system: You are a helpful assistant.
user:
Analyze the provided spectrum to determine if it is a **Carbon Star (C-type)**.

- **Key Visual Indicators of Carbon Star:**
    - **(Primary):** Strong molecular absorption from **C₂ (diatomic carbon) "Swan Bands."** This is the **defining feature** of a carbon star.
        - **(Key Bandheads):** Sharp absorption edges are visible at approximately $5635$ Å, $5165$ Å (the strongest band), and $4737$ Å.
        - **(Line Profile):** Creates a distinct **"saw-tooth"** pattern. The key morphology is a sharp, steep bandhead on the **red (long-wavelength) side**, which then gradually tapers off (i.e., flux recovers) towards the **blue (short-wavelength) side**. *(This is the direct opposite of the TiO bands seen in M-type stars)*.

    - **(Secondary):** Intense **CN (cyanogen)** molecular absorption bands.
        - **(Key Bandheads):** Located in the blue and violet regions of the spectrum (e.g., near $4215$ Å and $3883$ Å).
        - **(Morphology):** These bands are extremely broad and act as a "blanket," absorbing the vast majority of blue and violet light. This creates a characteristic **"cliff"** or **"steep drop-off"** in the spectrum's flux at short wavelengths.

    - **(Key Confirmation):** Strong **CH absorption band (G-band)**.
        - **(Key Bandhead):** Located around $4300$ Å. The contribution from CH molecules to this band is exceptionally strong.

    - **(Overall Spectrum):**
        - The continuum is severely "chopped up" by these deep molecular bands, especially C₂, rather than appearing as a smooth curve.
        - Due to the heavy CN and C₂ absorption in the blue-green, the vast majority of the star's flux is concentrated in the red part of the spectrum, giving the star its characteristic deep red color.

Think first, call **spectral_visualization_tool** if needed to examine features in detail, then provide your final answer. Your response must adhere to the following strict rules:
1.  **Overall Structure:** Your response must follow the format `<think>...</think> <tool_call>...</tool_call> (if a tool is used) <answer>...</answer>`.
2.  **Tool Usage Constraint:** You may only make **one** tool call per turn.
3.  **Final Answer Format:** In the `<answer>` tag, your conclusion must be inside a `\boxed{}` command (e.g., `\boxed{YES}`), followed by your justification.

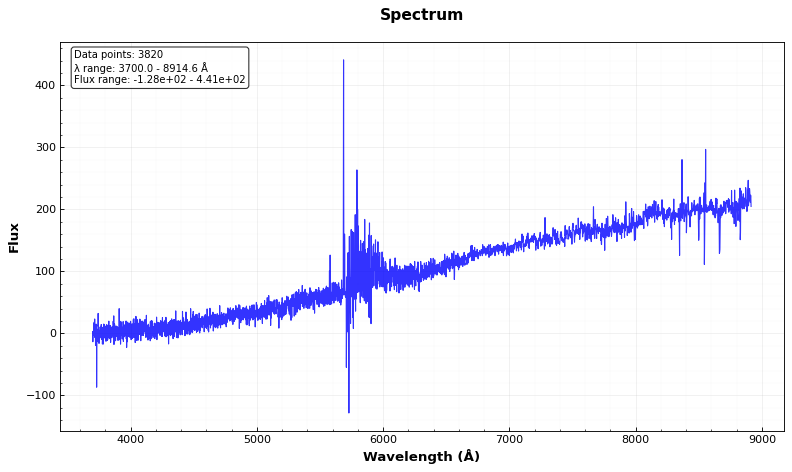
Answer: NO